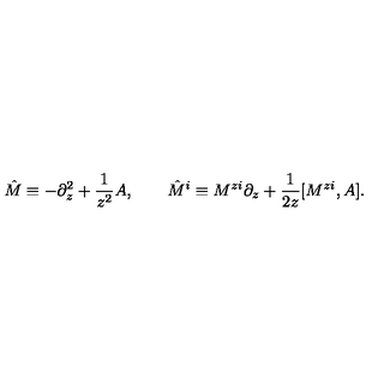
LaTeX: \hat { M } \equiv - \partial _ { z } ^ { 2 } + \frac { 1 } { z ^ { 2 } } A , \qquad \hat { M } ^ { i } \equiv M ^ { z i } \partial _ { z } + \frac { 1 } { 2 z } [ M ^ { z i } , A ] .